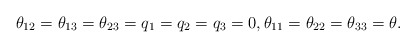
\begin{align*} \theta_{12} = \theta_{13} = \theta_{23} = q_1 = q_2 = q_3 = 0, \theta_{11} = \theta_{22} = \theta_{33} = \theta.\end{align*}